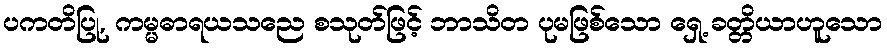
ပကတိပြု, ကမ္မဓာရယသညေ စသုတ်ဖြင့် ဘာသိတ ပုမဖြစ်သော ရှေ့ ခတ္တိယာဟူသော